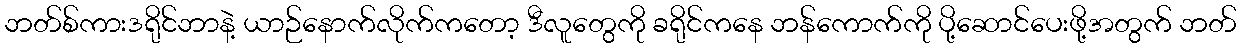
ဘတ်စ်ကားဒရိုင်ဘာနဲ့ ယာဉ်နောက်လိုက်ကတော့ ဒီလူတွေကို ခရိုင်ကနေ ဘန်ကောက်ကို ပို့ဆောင်ပေးဖို့အတွက် ဘတ်